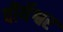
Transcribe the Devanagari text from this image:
वीर्येश्वर